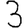
Digit: 3